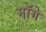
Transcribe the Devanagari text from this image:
माॅगे